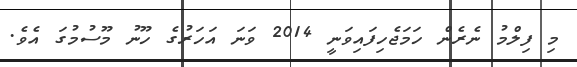
މި ފިލްމު ނެރެން ހަމަޖެހިފައިވަނީ 2014 ވަނަ އަހަރުގެ ހޫނު މޫސުމުގަ އެވެ.